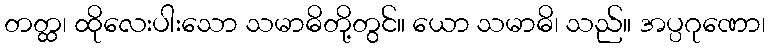
တတ္ထ၊ ထိုလေးပါးသော သမာဓိတို့တွင်။ ယော သမာဓိ၊ သည်။ အပ္ပဂုဏော၊